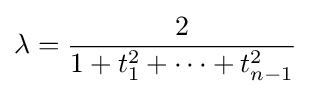
\lambda ={\frac {2}{1+t_{1}^{2}+\cdots +t_{n-1}^{2}}}